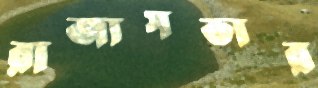
রাজ্যসভার